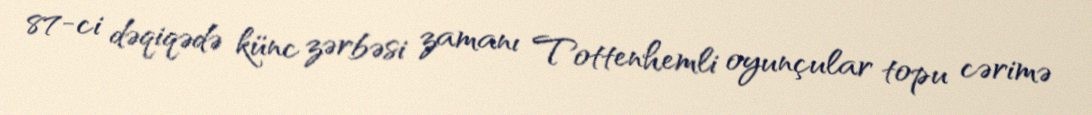
87-ci dəqiqədə künc zərbəsi zamanı Tottenhemli oyunçular topu cərimə